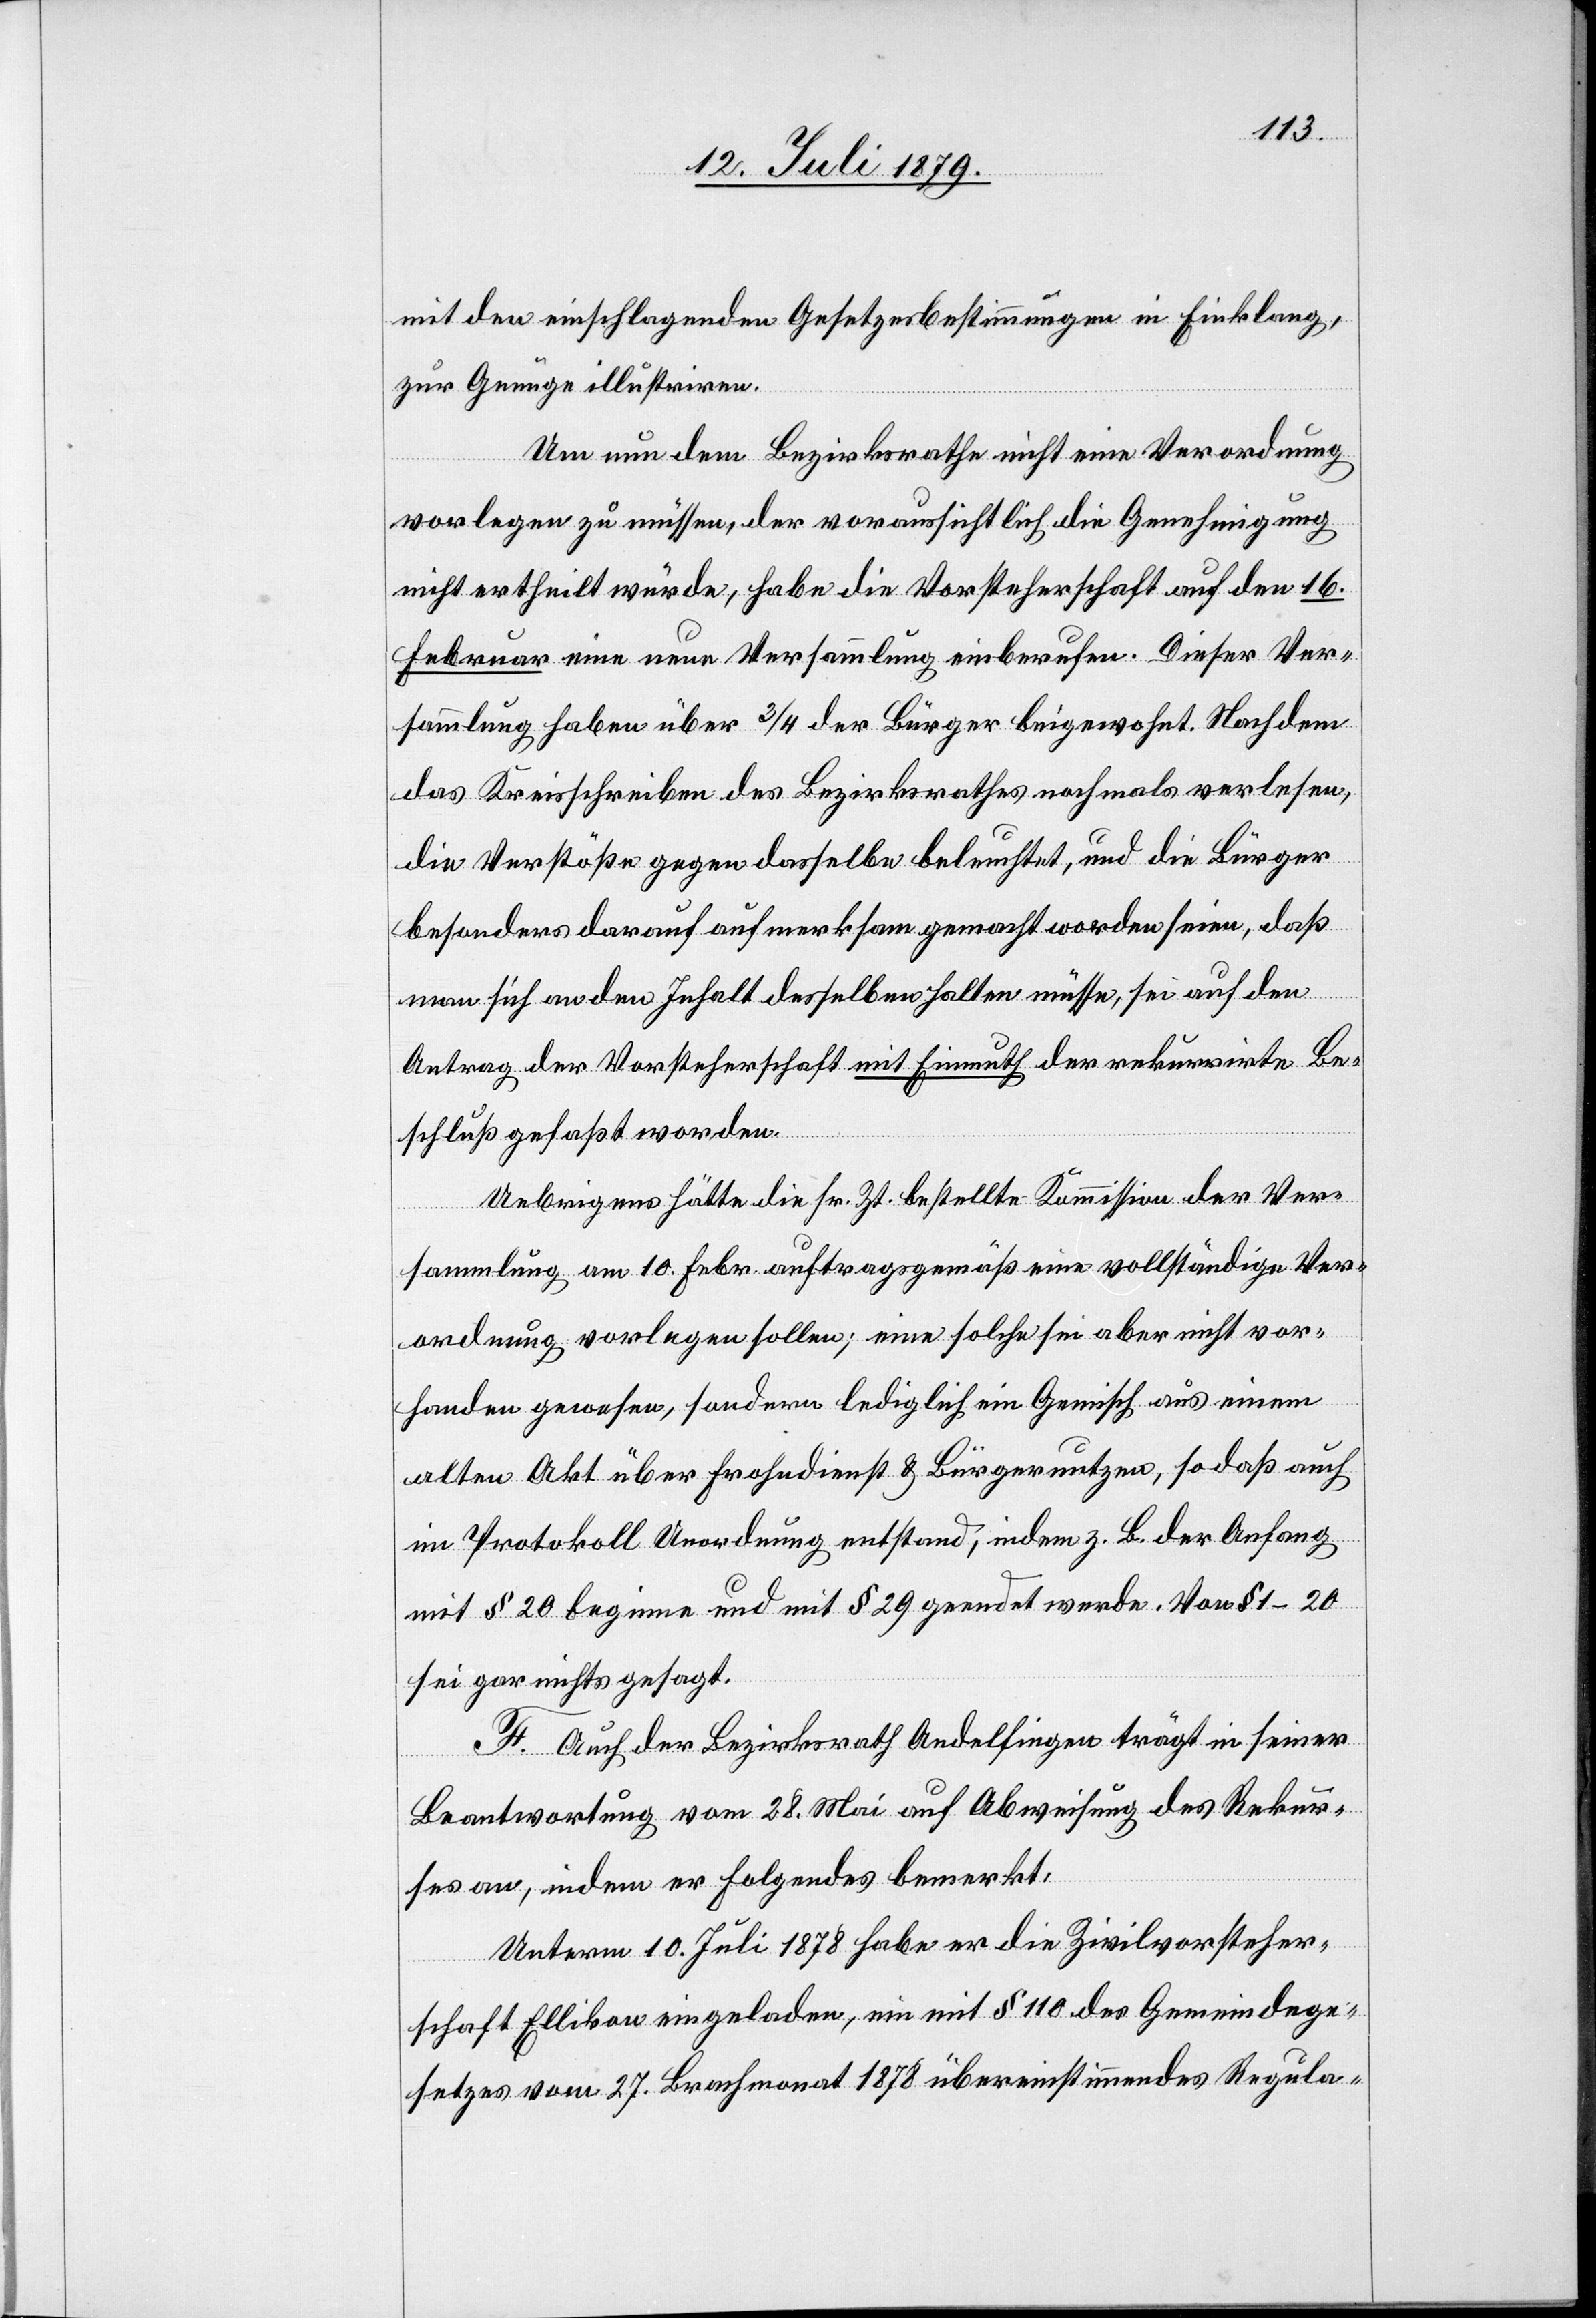
mit den einschlagenden Gesetzesbestimmungen in Einklang,
zur Genüge illustriren.
Um nun dem Bezirksrathe nicht eine Verordnung
vorlegen zu müssen, der voraussichtlich die Genehmigung
nicht ertheilt würde, habe die Vorsteherschaft auf den 16.
Februar eine neue Versammlung einberufen. Dieser Ver¬
sammlung haben über 3/4 der Bürger beigewohnt. Nachdem
das Kreisschreiben des Bezirksrathes nochmals verlesen,
die Verstöße gegen dasselbe beleuchtet, und die Bürger
besonders darauf aufmerksam gemacht worden seien, daß
man sich an den Inhalt desselben halten müsse, sei auf den
Antrag der Vorsteherschaft mit Einmuth der rekurrirte Be¬
schluß gefaßt worden.
Uebrigens hätte die sr. Zt. bestellte Kommission der Ver¬
sammlung am 10. Febr. auftragsgemäß eine vollständige Ver¬
ordnung vorlegen sollen; eine solche sei aber nicht vor¬
handen gewesen, sondern lediglich ein Gemisch aus einem
alten Akt über Frohndienst & Bürgernutzen, so daß auch
im Protokoll Anordnung entstand, indem z. B. der Anfang
mit § 20 beginne und mit § 29 geendet werde. Von § 10–20
sei gar nichts gesagt.
F. Auch der Bezirksrath Andelfingen trägt in seiner
Beantwortung vom 28. Mai auf Abweisung des Rekur¬
ses an, indem er Folgendes bemerkt:
Unterm 10. Juli 1878 habe er die Zivilvorsteher¬
schaft Ellikon eingeladen, ein mit § 110 des Gemeindege¬
setzes vom 27. Brachmonat 1878 übereinstimmendes Regula-